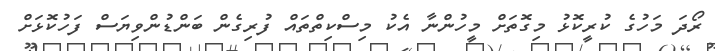
ރޯދަ މަހުގެ ކުރީކޮޅު މިގޮތަށް މީހުންނާ އެކު މިސްކިތްތައް ފުރިގެން ބަންޑުންވިޔަސް ފަހުކޮޅަށް